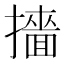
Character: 𭢲